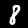
Digit: 8